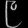
Digit: ၉